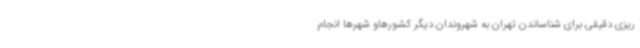
ریزی دقیقی برای شناساندن تهران به شهروندان دیگر کشورهاو شهرها انجام